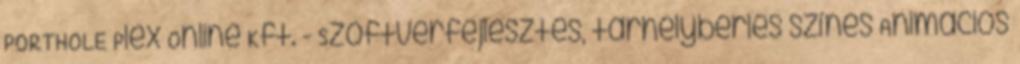
PORTHOLE Plex Online Kft. - Szoftverfejlesztés, tárhelybérlés színes Animációs